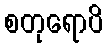
စတုရောပိ